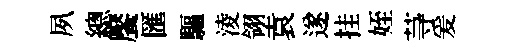
夙總饜匯驅淩翎袁遂挂姪䒭爰